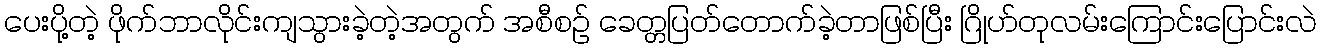
ပေးပို့တဲ့ ဖိုက်ဘာလိုင်းကျသွားခဲ့တဲ့အတွက် အစီစဉ် ခေတ္တပြတ်တောက်ခဲ့တာဖြစ်ပြီး ဂြိုဟ်တုလမ်းကြောင်းပြောင်းလဲ